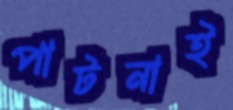
পাটনাই